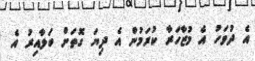
އެ ދުވަހު އެ މުޒާހަރާ ކުރަމުން އެ ދިޔަ ގޮތަށް ބަލާއިރު އެ